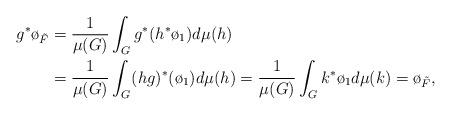
LaTeX: \begin{align*} g^* \o_{\tilde{F}} &= \frac{1}{\mu(G)} \int_{G} g^*(h^* \o_1) d \mu(h) \\ &= \frac{1}{\mu(G)} \int_{G} (hg)^*(\o_1) d \mu(h) =\frac{1}{\mu(G)} \int_{G} k^*\o_1 d \mu(k)= \o_{\tilde{F}}, \end{align*}